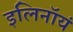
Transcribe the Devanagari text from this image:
इलिनॉयं